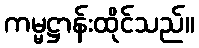
ကမ္မဋ္ဌာန်းထိုင်သည်။